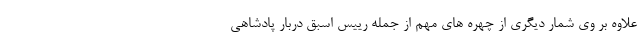
علاوه بر وی شمار دیگری از چهره های مهم از جمله رییس اسبق دربار پادشاهی